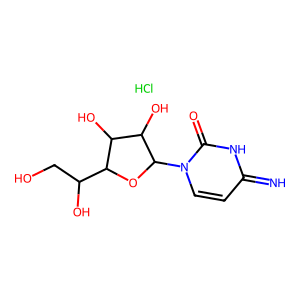
SMILES: Cl.N=c1ccn(C2OC(C(O)CO)C(O)C2O)c(=O)[nH]1
Inhibits HIV replication: No